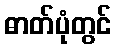
ဓာတ်ပုံတွင်